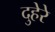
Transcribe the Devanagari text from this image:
दुहेरे